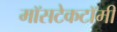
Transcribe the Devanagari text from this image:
मॉसटेकटॉमी